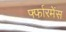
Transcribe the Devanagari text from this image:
र्फ्फारमेंस